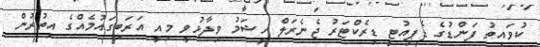
ކުވައިތު ފަންޑުގެ ޑެޕިއުޓީ ޑިރެކްޓަރު ޖެނެރަލް ހީޝަމު ވިދާޅުވީ މިއީ އަރަބިގައުމެއްގެ އިތުރުން